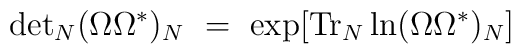
{\rm det}_N (\Omega \Omega^* )_N \ =\ \exp [{\rm Tr}_N \ln (\Omega\Omega^* )_N ]